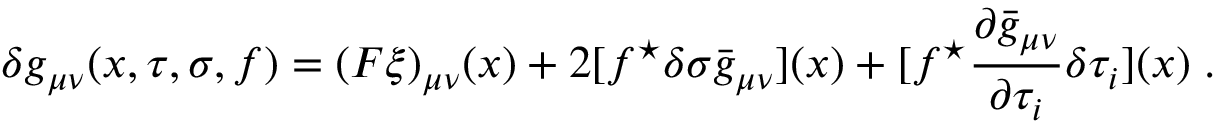
\delta g _ { \mu \nu } ( x , \tau , \sigma , f ) = ( F \xi ) _ { \mu \nu } ( x ) + 2 [ f ^ { \star } \delta \sigma \bar { g } _ { \mu \nu } ] ( x ) + [ f ^ { \star } \frac { \partial \bar { g } _ { \mu \nu } } { \partial \tau _ { i } } \delta \tau _ { i } ] ( x ) \; .